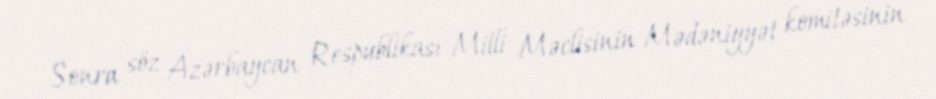
Sonra söz Azərbaycan Respublikası Milli Məclisinin Mədəniyyət komitəsinin